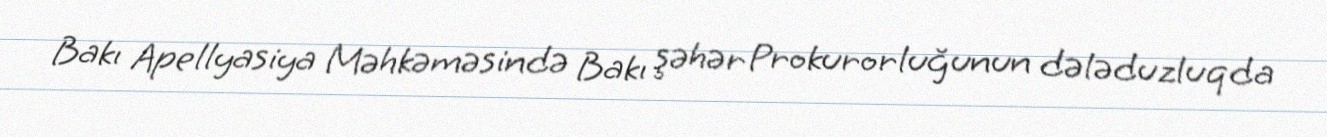
Bakı Apellyasiya Məhkəməsində Bakı şəhər Prokurorluğunun dələduzluqda